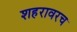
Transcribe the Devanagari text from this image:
शहरावरच